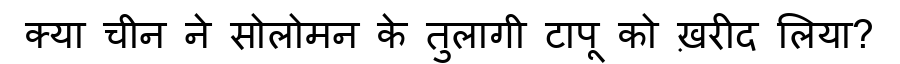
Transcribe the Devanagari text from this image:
क्या चीन ने सोलोमन के तुलागी टापू को ख़रीद लिया?